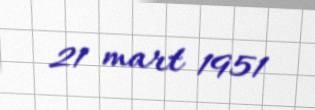
21 mart 1951